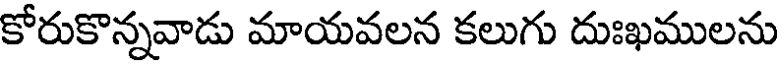
కోరుకొన్నవాడు మాయవలన కలుగు దుఃఖములను